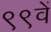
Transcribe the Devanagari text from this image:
९९वें